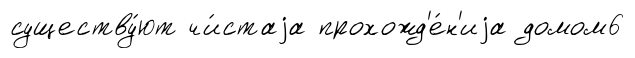
существу́ют чи́стаjа прохожд'е́н'иjа домом6